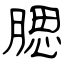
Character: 腮